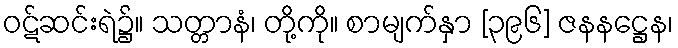
ဝဋ်ဆင်းရဲ၌။ သတ္တာနံ၊ တို့ကို။ စာမျက်နှာ [၃၉၆] ဇနနဋ္ဌေန၊